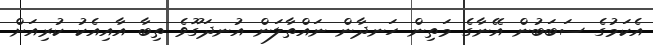
އެކަމުގެ ސަބަބުން އޭނާގެ މަތިން ހަނދާން ނައްތާލަން އުނދަގޫވެ ތިބާ އާއިއެކު ކުރިއަށް